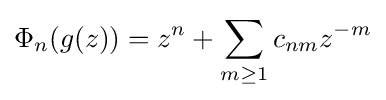
\Phi _{n}(g(z))=z^{n}+\sum _{m\geq 1}c_{nm}z^{-m}